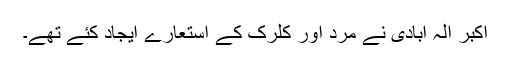
اکبر الہ آبادی نے مرد اور کلرک کے استعارے ایجاد کئے تھے۔